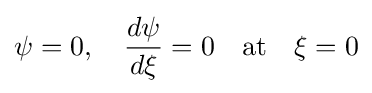
\psi =0,\quad {\frac {d\psi }{d\xi }}=0\quad {\text{at}}\quad \xi =0